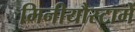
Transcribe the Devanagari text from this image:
मिनीयौस्टामें